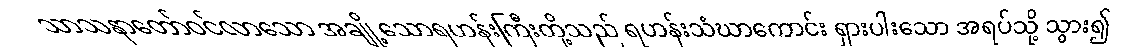
သာသနာတော်ဝင်လာသော အချို့သောရဟန်းကြီးတို့သည် ရဟန်းသံဃာကောင်း ရှားပါးသော အရပ်သို့ သွား၍